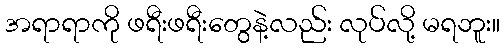
အရာရာကို ဖရီးဖရီးတွေနဲ့လည်း လုပ်လို့ မရဘူး။